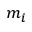
m _ { i }